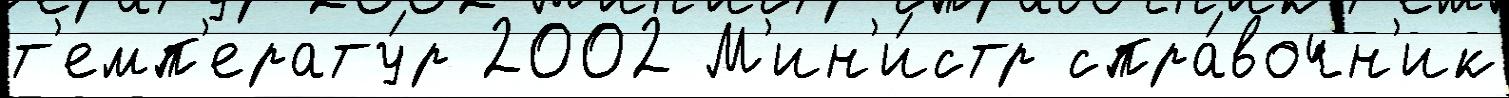
т'емп'ерату́р 2002 М'ин'и́стр спра́вочн'ик